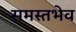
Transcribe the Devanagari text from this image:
समस्तभेव